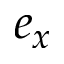
e _ { x }